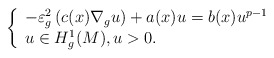
\begin{align*}\left\{\begin{array}[c]{l}-\varepsilon^{2}_{g}\left( c(x)\nabla_{g}u\right)+a(x)u=b(x)u^{p-1}\\u\in H_{g}^{1}(M),u>0.\end{array}\right. \end{align*}